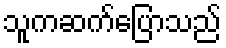
သူကဆက်ပြောသည်